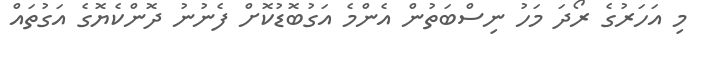
މި އަހަރުގެ ރޯދަ މަހު ނިސްބަތުން އެންމެ އަގުބޮޑުކޮށް ފެނުނު ދޮންކެޔޮގެ އަގުތައް